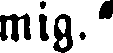
mig.'